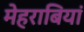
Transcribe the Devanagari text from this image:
मेहराबियां